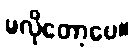
မလိုတော့ပေ။